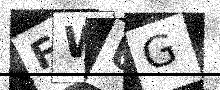
Text: FWUG